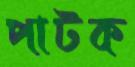
পাটক